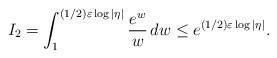
LaTeX: \begin{align*} I_2=\int_1^{ (1/2)\varepsilon \log |\eta| } \frac{e^w}{w}\,dw \leq e^{(1/2)\varepsilon \log |\eta |}.\end{align*}